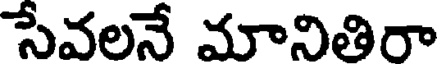
సేవలనే మానితిరా